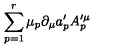
\sum _ { p = 1 } ^ { r } \mu _ { p } \partial _ { \mu } a _ { p } ^ { \prime } A _ { p } ^ { \prime \mu }